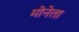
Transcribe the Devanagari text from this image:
मोनेता